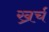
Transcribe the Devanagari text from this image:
ख्रर्च